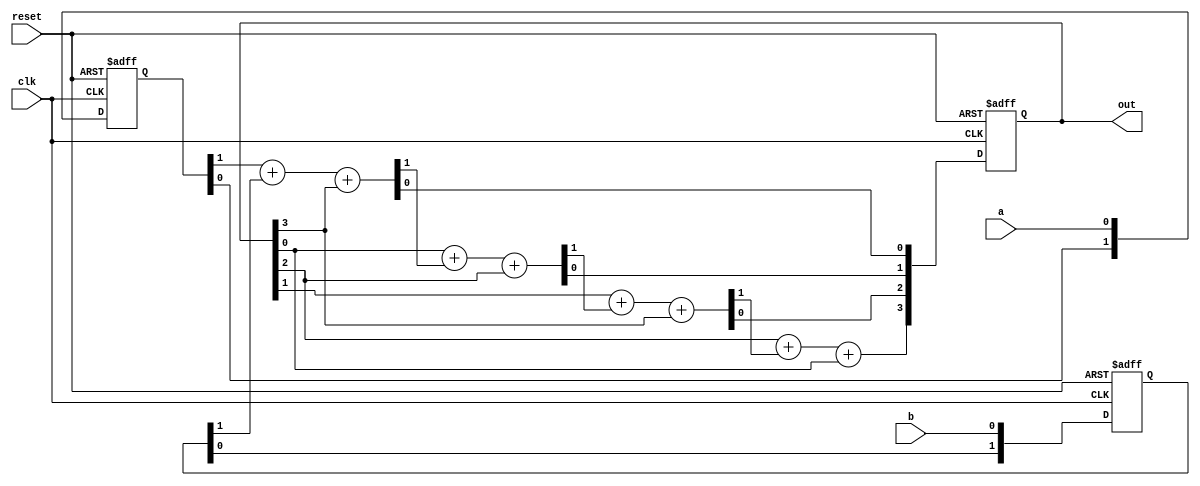
//////////////////////////////////////
//                                  //
//    2x2 Test-modes Low density    //
//                                  //
//////////////////////////////////////


module test_mode_low (
	a,
	b,
	clk,
	reset,
	out );

	input wire a;
	input wire b;
	input wire clk;
	input wire reset;
	output wire[3:0] out;

	reg[1:0] pipe_a;
	reg[1:0] pipe_b;
	reg[3:0] pipe_sum;
	wire[7:0] sum;

	assign sum[1:0] = pipe_a[1] + pipe_b[1] + pipe_sum[3];
	assign sum[3:2] = pipe_sum[0] + sum[1] + pipe_sum[2];
	assign sum[5:4] = pipe_sum[1] + sum[3] + pipe_sum[3];
	assign sum[7:6] = pipe_sum[2] + sum[5] + pipe_sum[0];
	assign out = pipe_sum;

	initial begin
		pipe_a <= 2'b00;
		pipe_b <= 2'b00;
		pipe_sum <= 4'b0000;
	end

	always @(posedge clk or posedge reset) begin
		if(reset) begin
			pipe_a <= 2'b00;
			pipe_b <= 2'b00;
			pipe_sum <= 4'b0000;
		end else begin
			pipe_a[0] <= a;
			pipe_a[1] <= pipe_a[0];
			pipe_b[0] <= b;
			pipe_b[1] <= pipe_b[0];
			pipe_sum <= {sum[6], sum[4], sum[2], sum[0]};
		end	
	end

endmodule